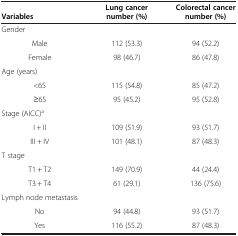
|  | Lung cancer | Colorectal cancer |
 | Variables | number (%) | number (%) |
 | --- | --- | --- |
 | Gender |  |  |
 | Male | 112 (53.3) | 94 (52.2) |
 | Female | 98 (46.7) | 86 (47.8) |
 | Age (years) |  |  |
 | <65 | 115 (54.8) | 85 (47.2) |
 | ≥65 | 95 (45.2) | 95 (52.8) |
 | Stage (AICC)a |  |  |
 | I + II | 109 (51.9) | 93 (51.7) |
 | III + IV | 101 (48.1) | 87 (48.3) |
 | T stage |  |  |
 | T1 + T2 | 149 (70.9) | 44 (24.4) |
 | T3 + T4 | 61 (29.1) | 136 (75.6) |
 | Lymph node metastasis |  |  |
 | No | 94 (44.8) | 93 (51.7) |
 | Yes | 116 (55.2) | 87 (48.3) |